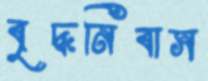
বৃদ্ধনিবাস